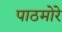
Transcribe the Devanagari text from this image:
पाठमोरे